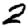
Digit: 2